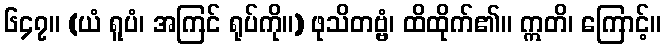
၆၄၇။ (ယံ ရူပံ၊ အကြင် ရုပ်ကို။) ဖုသိတဗ္ဗံ၊ ထိထိုက်၏။ ဣတိ၊ ကြောင့်။